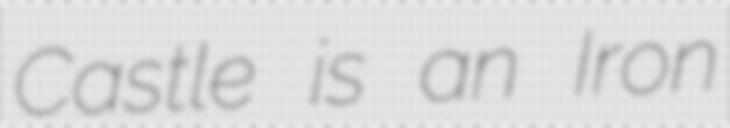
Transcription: Castle is an Iron